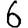
Digit: 6